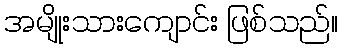
အမျိုးသားကျောင်း ဖြစ်သည်။